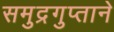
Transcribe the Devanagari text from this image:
समुद्रगुप्ताने